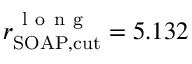
r _ { \mathrm { S O A P , c u t } } ^ { \mathrm { ~ l ~ o ~ n ~ g ~ } } = 5 . 1 3 2